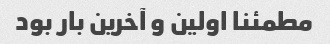
مطمئنا اولین و آخرین بار بود